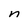
Character: n